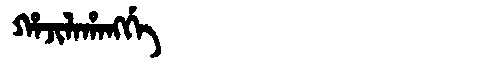
Manchu: ᡥᠠᠵᡳᠯᠠᡥᠠᠩᡤᡝ
Romanization: HAJILAHANGGE